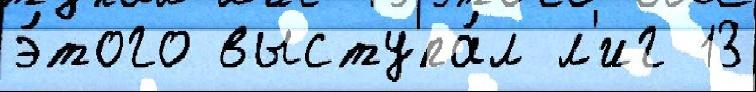
э́того выступа́л л'иг 13